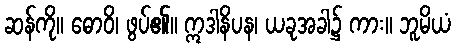
ဆန်ကို။ ဓောဝိ၊ ဖွပ်၏။ ဣဒါနိပန၊ ယခုအခါ၌ ကား။ ဘူမိယံ